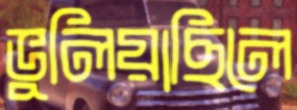
ভুলিয়াছিলে